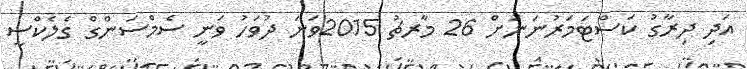
އަދި ދިރާގު ކަސްޓަމަރުނަނަށް 26 މާރޗު 2015ވަނަ ދުވަހު ވަނީ ސެމްސަންގް ގެލެކްސީ